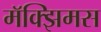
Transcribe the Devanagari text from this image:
मॅक्झिमस